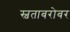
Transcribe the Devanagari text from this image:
स्वताबरोबर